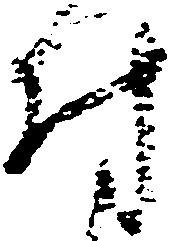
付